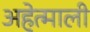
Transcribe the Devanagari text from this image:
अहेत्माली